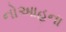
નોઆહના